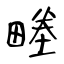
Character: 畻